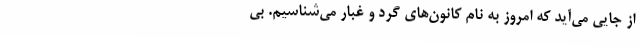
از جایی می‌آید که امروز به نام کانون‌های گرد و غبار می‌شناسیم. بی